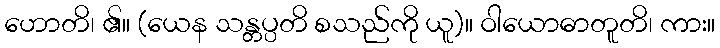
ဟောတိ၊ ၏။ (ယေန သန္တပ္ပတိ စသည်ကို ယူ)။ ဝါယောဓာတူတိ၊ ကား။